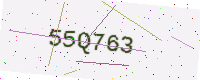
Text: 55Q763